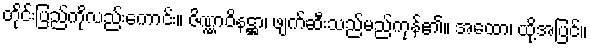
တိုင်းပြည်ကိုလည်းကောင်း။ ဇိဏ္ဏာဝိနဋ္ဌာ၊ ဖျက်ဆီးသည်မည်ကုန်၏။ အထော၊ ထို့အပြင်။